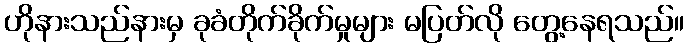
ဟိုနားသည်နားမှ ခုခံတိုက်ခိုက်မှုများ မပြတ်လို တွေ့နေရသည်။